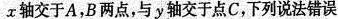
x轴交于A，B两点，与y轴交于点C，下列说法错误